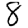
Digit: 8